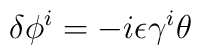
\delta \phi^i  = - i \epsilon \gamma^i \theta